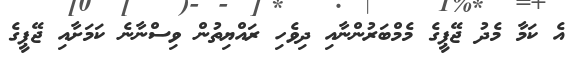
އެ ކަމާ މެދު ޖޭޕީގެ މެމްބަރުންނާއި ދިވެހި ރައްޔިތުން ވިސްނާނެ ކަމަށާއި ޖޭޕީގެ